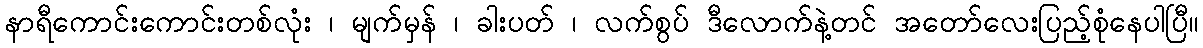
နာရီကောင်းကောင်းတစ်လုံး ၊ မျက်မှန် ၊ ခါးပတ် ၊ လက်စွပ် ဒီလောက်နဲ့တင် အတော်လေးပြည့်စုံနေပါပြီ။